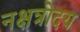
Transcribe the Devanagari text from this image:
नक्षत्रोदय